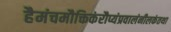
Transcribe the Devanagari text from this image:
हैमंचमौक्तिकंरौप्यंप्रवालंनीलकंतथा